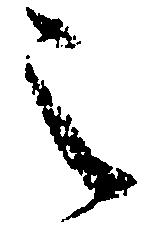
之